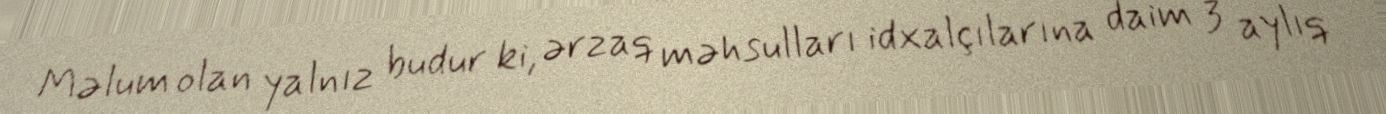
Məlum olan yalnız budur ki, ərzaq məhsulları idxalçılarına daim 3 aylıq